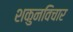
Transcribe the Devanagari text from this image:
शकुनविचार